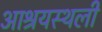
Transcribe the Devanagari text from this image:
आश्रयस्थली